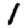
Digit: 1